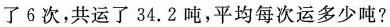
了6次，共运了34.2吨，平均每次运多少吨？